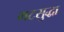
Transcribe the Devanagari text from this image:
गटसुद्धा